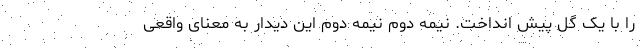
را با یک گل پیش انداخت. نیمه دوم نیمه دوم این دیدار به معنای واقعی